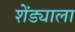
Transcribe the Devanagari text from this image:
शेंड्याला